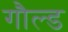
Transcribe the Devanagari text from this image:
गौल्ड